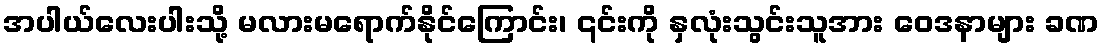
အပါယ်လေးပါးသို့ မလားမရောက်နိုင်ကြောင်း၊ ၎င်းကို နှလုံးသွင်းသူအား ဝေဒနာများ ခဏ